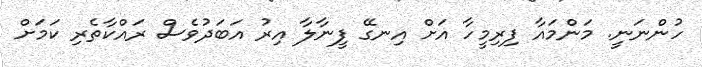
ހުންނަނީ. މަންމައާ ފިރިމީހާ އަށް އިނގޭ ފީނާލާ އިރު އަބަދުވެސް ރައްކާތެރި ކަމަށް